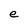
Character: e